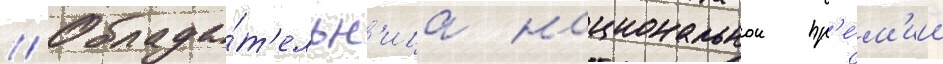
// Облада́т'ельн'ица национальнои пр'е́м'ии